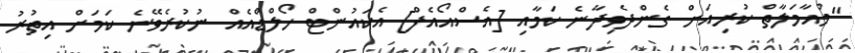
"މުއާމަލާތް ކުރިއަށް ގެންދެވިދާނެ ކަމާއި [އެސްއޯއެފް] އެކައުންޓް ހޯލްޑްއެއް ނުކުރެވޭނެ ކަމަށް އިތުރު